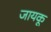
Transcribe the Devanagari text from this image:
जायकू